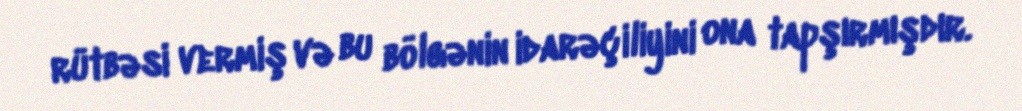
rütbəsi vermiş və bu bölgənin idarəçiliyini ona tapşırmışdır.